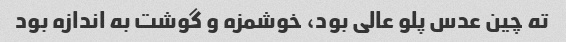
ته چین عدس پلو عالی بود، خوشمزه و گوشت به اندازه بود